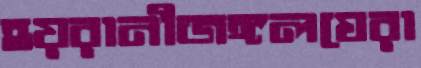
হয়রানীজঙ্গলঘেরা